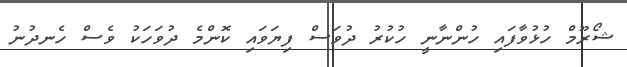
ޝޯރޫމް ހުޅުވާފައި ހުންނާނީ ހުކުރު ދުވަސް ފިޔަވައި ކޮންމެ ދުވަހަކު ވެސް ހެނދުނު